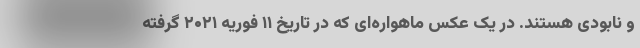
و نابودی هستند. در یک عکس ماهواره‌ای که در تاریخ ۱۱ فوریه ۲۰۲۱ گرفته